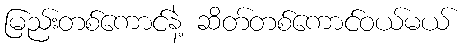
မြည်းတစ်ကောင်နဲ့ ဆိတ်တစ်ကောင်ဝယ်မယ်